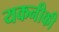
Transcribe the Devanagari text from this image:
यकनीकी